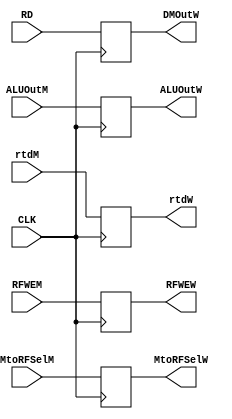
`timescale 1ns / 1ps
//////////////////////////////////////////////////////////////////////////////////
// Company: 
// Engineer: 
// 
// Design Name: 
// Module Name: R4
// Project Name: 
// Target Devices: 
// Tool Versions: 
// Description: 
// 
// Dependencies: 
// 
// Revision:
// Revision 0.01 - File Created
// Additional Comments:
// 
//////////////////////////////////////////////////////////////////////////////////
`timescale 1ns / 1ps


module R4(
input CLK,
RFWEM,
MtoRFSelM,
input [31:0] RD,
ALUOutM,
input [4:0] rtdM,
output reg RFWEW,
MtoRFSelW,
output reg [31:0] DMOutW, 
output reg [31:0] ALUOutW,
output reg [4:0] rtdW   
);

always @(posedge CLK) begin
RFWEW <= RFWEM;
MtoRFSelW <= MtoRFSelM;
DMOutW <= RD;
ALUOutW <= ALUOutM;
rtdW <= rtdM;
end

endmodule